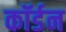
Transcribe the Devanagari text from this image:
कॉर्डन